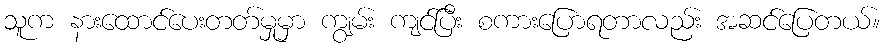
သူက နားထောင်ပေးတတ်မှုမှာ ကျွမ်း ကျင်ပြီး စကားပြောရတာလည်း အဆင်ပြေတယ်။